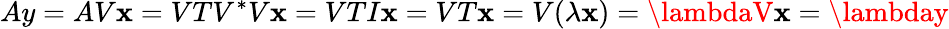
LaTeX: Ay=AV\mathbf{x}=VTV^{*}V\mathbf{x}=VTI\mathbf{x}=VT\mathbf{x}=V(\lambda\mathbf{x})=\lambdaV\mathbf{x}=\lambday